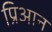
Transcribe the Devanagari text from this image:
प्रिआन